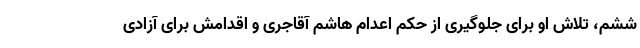
ششم، تلاش او برای جلوگیری از حکم اعدام هاشم آقاجری و اقدامش برای آزادی